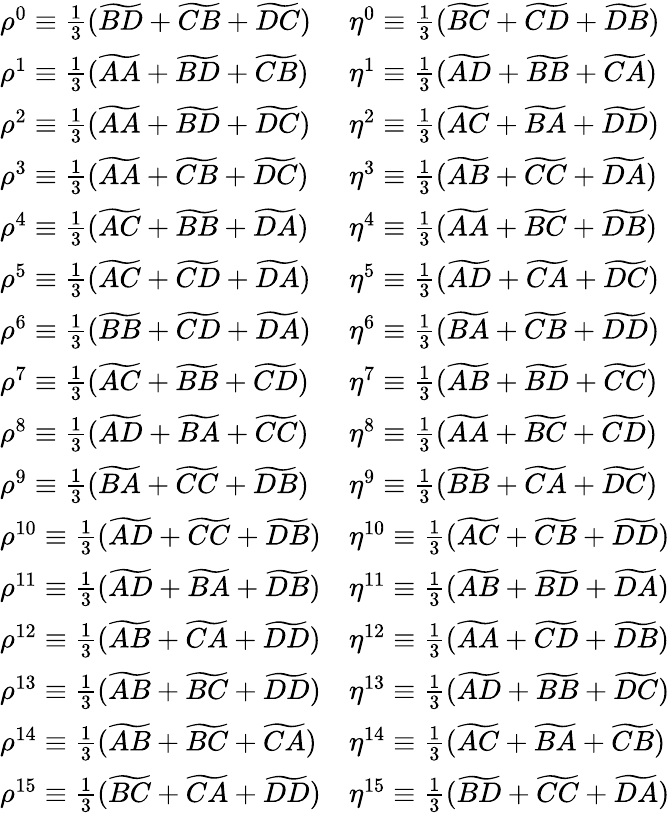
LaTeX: \begin{array}{ll}{\rho^{0}\equiv\frac{1}{3}(\widetilde{BD}+\widetilde{CB}+\widetilde{DC})}&{\eta^{0}\equiv\frac{1}{3}(\widetilde{BC}+\widetilde{CD}+\widetilde{DB})}\\ {\rho^{1}\equiv\frac{1}{3}(\widetilde{AA}+\widetilde{BD}+\widetilde{CB})}&{\eta^{1}\equiv\frac{1}{3}(\widetilde{AD}+\widetilde{BB}+\widetilde{CA})}\\ {\rho^{2}\equiv\frac{1}{3}(\widetilde{AA}+\widetilde{BD}+\widetilde{DC})}&{\eta^{2}\equiv\frac{1}{3}(\widetilde{AC}+\widetilde{BA}+\widetilde{DD})}\\ {\rho^{3}\equiv\frac{1}{3}(\widetilde{AA}+\widetilde{CB}+\widetilde{DC})}&{\eta^{3}\equiv\frac{1}{3}(\widetilde{AB}+\widetilde{CC}+\widetilde{DA})}\\ {\rho^{4}\equiv\frac{1}{3}(\widetilde{AC}+\widetilde{BB}+\widetilde{DA})}&{\eta^{4}\equiv\frac{1}{3}(\widetilde{AA}+\widetilde{BC}+\widetilde{DB})}\\ {\rho^{5}\equiv\frac{1}{3}(\widetilde{AC}+\widetilde{CD}+\widetilde{DA})}&{\eta^{5}\equiv\frac{1}{3}(\widetilde{AD}+\widetilde{CA}+\widetilde{DC})}\\ {\rho^{6}\equiv\frac{1}{3}(\widetilde{BB}+\widetilde{CD}+\widetilde{DA})}&{\eta^{6}\equiv\frac{1}{3}(\widetilde{BA}+\widetilde{CB}+\widetilde{DD})}\\ {\rho^{7}\equiv\frac{1}{3}(\widetilde{AC}+\widetilde{BB}+\widetilde{CD})}&{\eta^{7}\equiv\frac{1}{3}(\widetilde{AB}+\widetilde{BD}+\widetilde{CC})}\\ {\rho^{8}\equiv\frac{1}{3}(\widetilde{AD}+\widetilde{BA}+\widetilde{CC})}&{\eta^{8}\equiv\frac{1}{3}(\widetilde{AA}+\widetilde{BC}+\widetilde{CD})}\\ {\rho^{9}\equiv\frac{1}{3}(\widetilde{BA}+\widetilde{CC}+\widetilde{DB})}&{\eta^{9}\equiv\frac{1}{3}(\widetilde{BB}+\widetilde{CA}+\widetilde{DC})}\\ {\rho^{10}\equiv\frac{1}{3}(\widetilde{AD}+\widetilde{CC}+\widetilde{DB})}&{\eta^{10}\equiv\frac{1}{3}(\widetilde{AC}+\widetilde{CB}+\widetilde{DD})}\\ {\rho^{11}\equiv\frac{1}{3}(\widetilde{AD}+\widetilde{BA}+\widetilde{DB})}&{\eta^{11}\equiv\frac{1}{3}(\widetilde{AB}+\widetilde{BD}+\widetilde{DA})}\\ {\rho^{12}\equiv\frac{1}{3}(\widetilde{AB}+\widetilde{CA}+\widetilde{DD})}&{\eta^{12}\equiv\frac{1}{3}(\widetilde{AA}+\widetilde{CD}+\widetilde{DB})}\\ {\rho^{13}\equiv\frac{1}{3}(\widetilde{AB}+\widetilde{BC}+\widetilde{DD})}&{\eta^{13}\equiv\frac{1}{3}(\widetilde{AD}+\widetilde{BB}+\widetilde{DC})}\\ {\rho^{14}\equiv\frac{1}{3}(\widetilde{AB}+\widetilde{BC}+\widetilde{CA})}&{\eta^{14}\equiv\frac{1}{3}(\widetilde{AC}+\widetilde{BA}+\widetilde{CB})}\\ {\rho^{15}\equiv\frac{1}{3}(\widetilde{BC}+\widetilde{CA}+\widetilde{DD})}&{\eta^{15}\equiv\frac{1}{3}(\widetilde{BD}+\widetilde{CC}+\widetilde{DA})}\end{array}